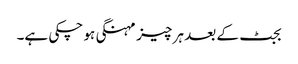
بجٹ کے بعد ہر چیز مہنگی ہو چکی ہے۔